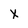
Character: X